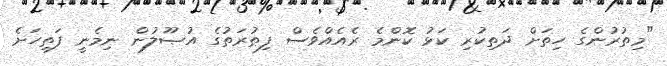
"މިތުރުންގެ ހިތަށް ދަތިކުރި ކަޅު ކޮންމެ ރެއެއްވެސް ފިޠުރަތުގެ އުޞޫލުން ނިމެނީ ފަތިހަށެ